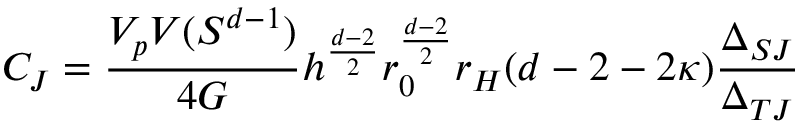
C _ { J } = \frac { V _ { p } V ( S ^ { d - 1 } ) } { 4 G } h ^ { \frac { d - 2 } { 2 } } r _ { 0 } ^ { \frac { d - 2 } { 2 } } r _ { H } ( d - 2 - 2 \kappa ) \frac { \Delta _ { S J } } { \Delta _ { T J } }